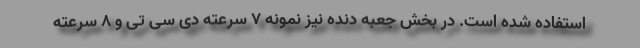
استفاده شده است. در بخش جعبه دنده نیز نمونه 7 سرعته دی سی تی و 8 سرعته